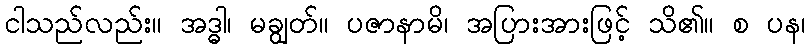
ငါသည်လည်း။ အဒ္ဓါ၊ မချွတ်။ ပဇာနာမိ၊ အပြားအားဖြင့် သိ၏။ စ ပန၊